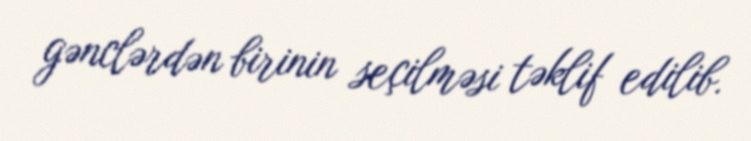
gənclərdən birinin seçilməsi təklif edilib.